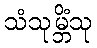
သံသုမ္ဘိံသု